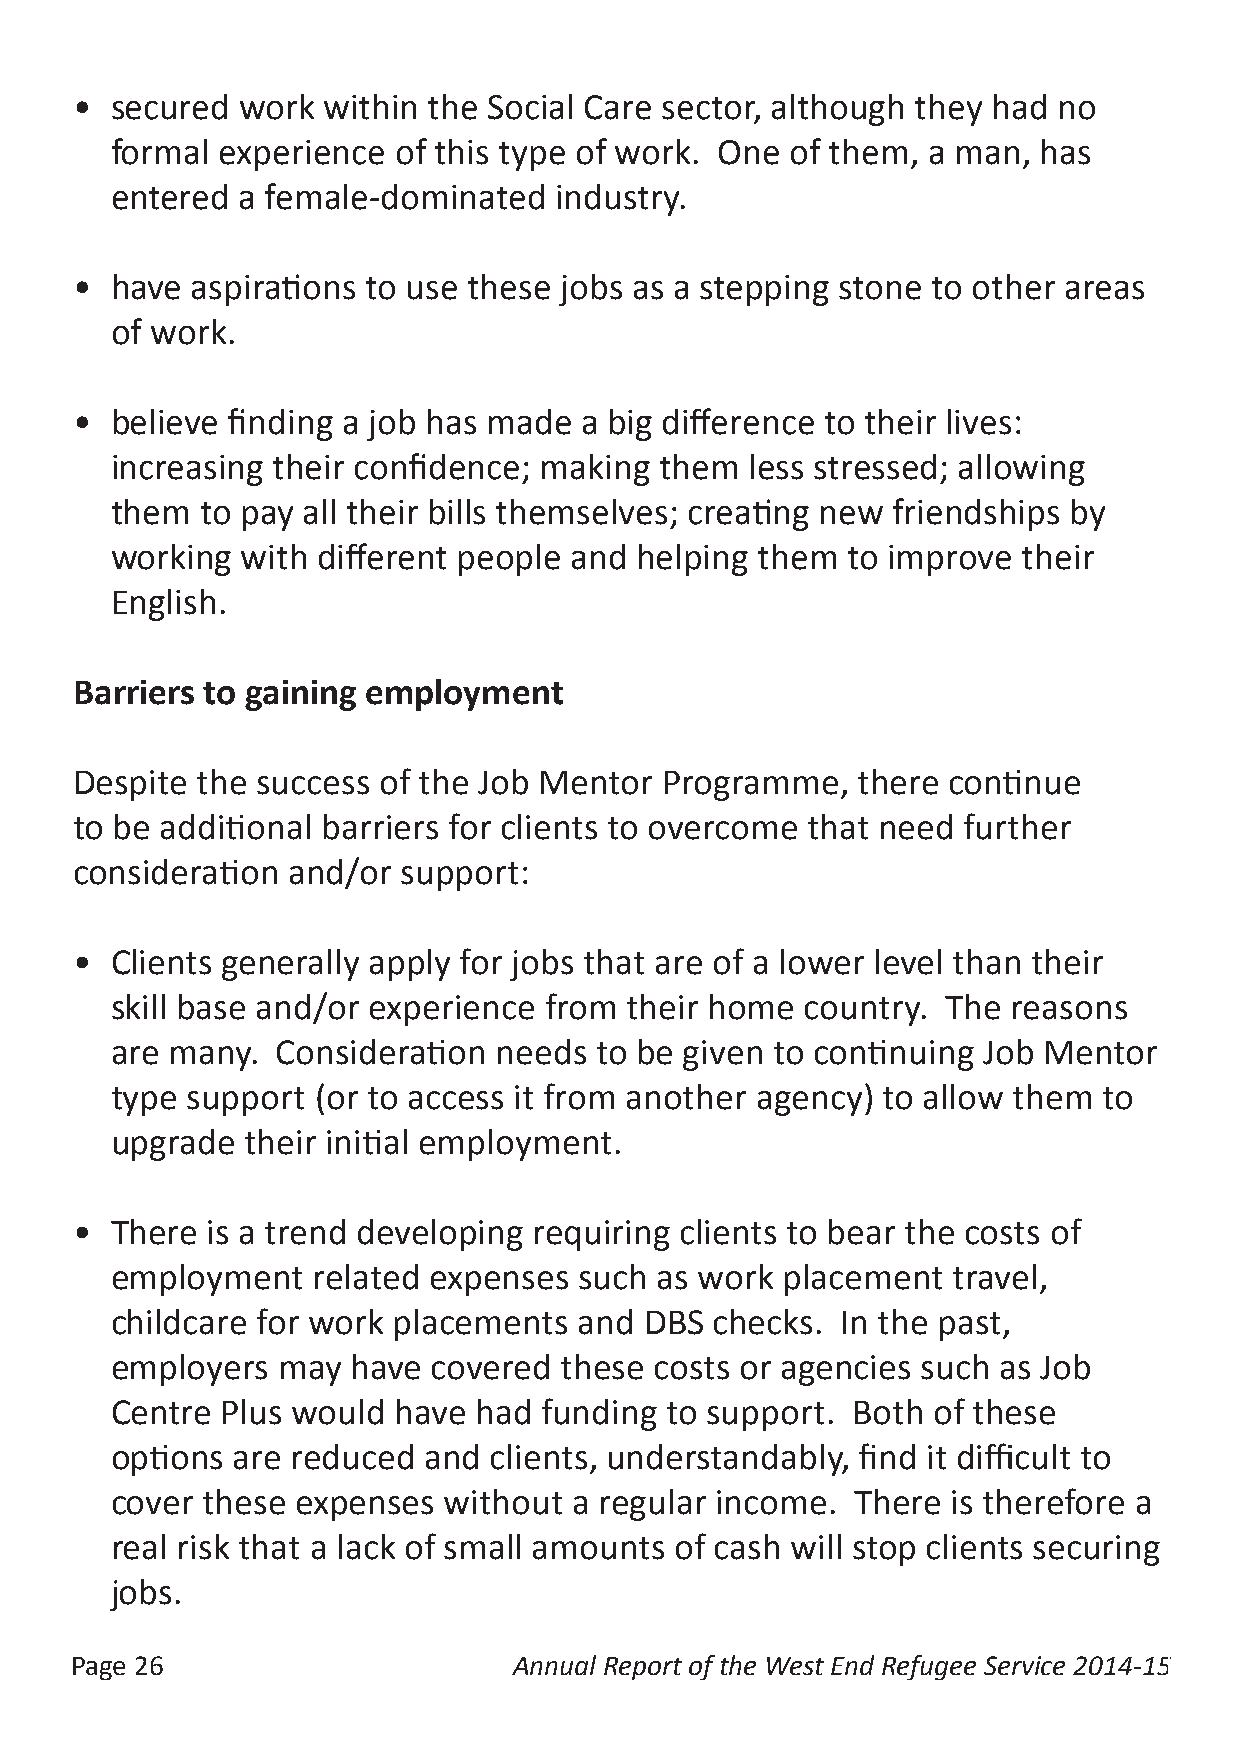
• secured  work within the Social Care sector, although they had no
 formal experience  of this type of work. One of them, a man,  has
 entered  a female-dominated   industry.
 • have  aspirations to use these jobs as a stepping stone to other areas
 of work.
 • believe finding a job has made a big difference to their lives:
 increasing their confidence; making  them  less stressed; allowing
 them  to pay all their bills themselves; creating new friendships by
 working  with different people and helping them  to improve  their
 English.
 Barriers to gaining employment
 Despite the success of the Job Mentor  Programme,   there continue
 to be additional barriers for clients to overcome that need further
 consideration and/or  support:
 • Clients generally apply for jobs that are of a lower level than their
 skill base and/or experience from their home  country.  The reasons
 are many.  Consideration  needs to be given to continuing Job Mentor
 type support  (or to access it from another agency) to allow them to
 upgrade  their initial employment.
 • There  is a trend developing requiring clients to bear the costs of
 employment    related expenses such as work  placement  travel,
 childcare for work placements  and  DBS checks.  In the past,
 employers  may  have  covered these costs or agencies such as Job
 Centre  Plus would have had  funding to support. Both  of these
 options are reduced  and clients, understandably, find it difficult to
 cover these  expenses without  a regular income.  There is therefore a
 real risk that a lack of small amounts of cash will stop clients securing
 jobs.
 Page 26                      Annual Report of the West End Refugee Service 2014-15